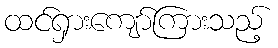
ထင်ရှားကျော်ကြားသည့်